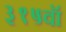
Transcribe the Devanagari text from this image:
३१५वॉ